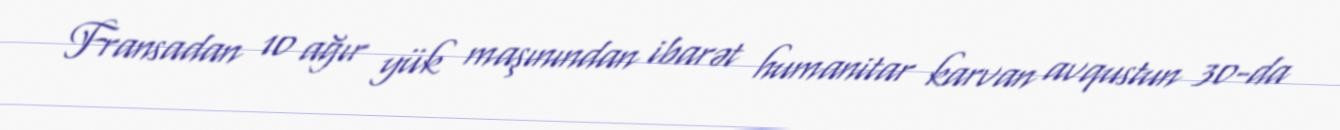
Fransadan 10 ağır yük maşınından ibarət humanitar karvan avqustun 30-da